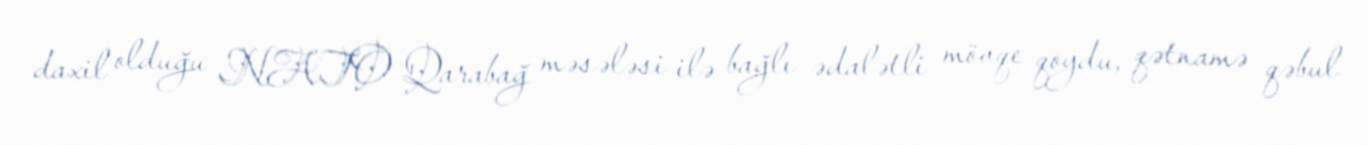
daxil olduğu NATO Qarabağ məsələsi ilə bağlı ədalətli mövqe qoydu, qətnamə qəbul